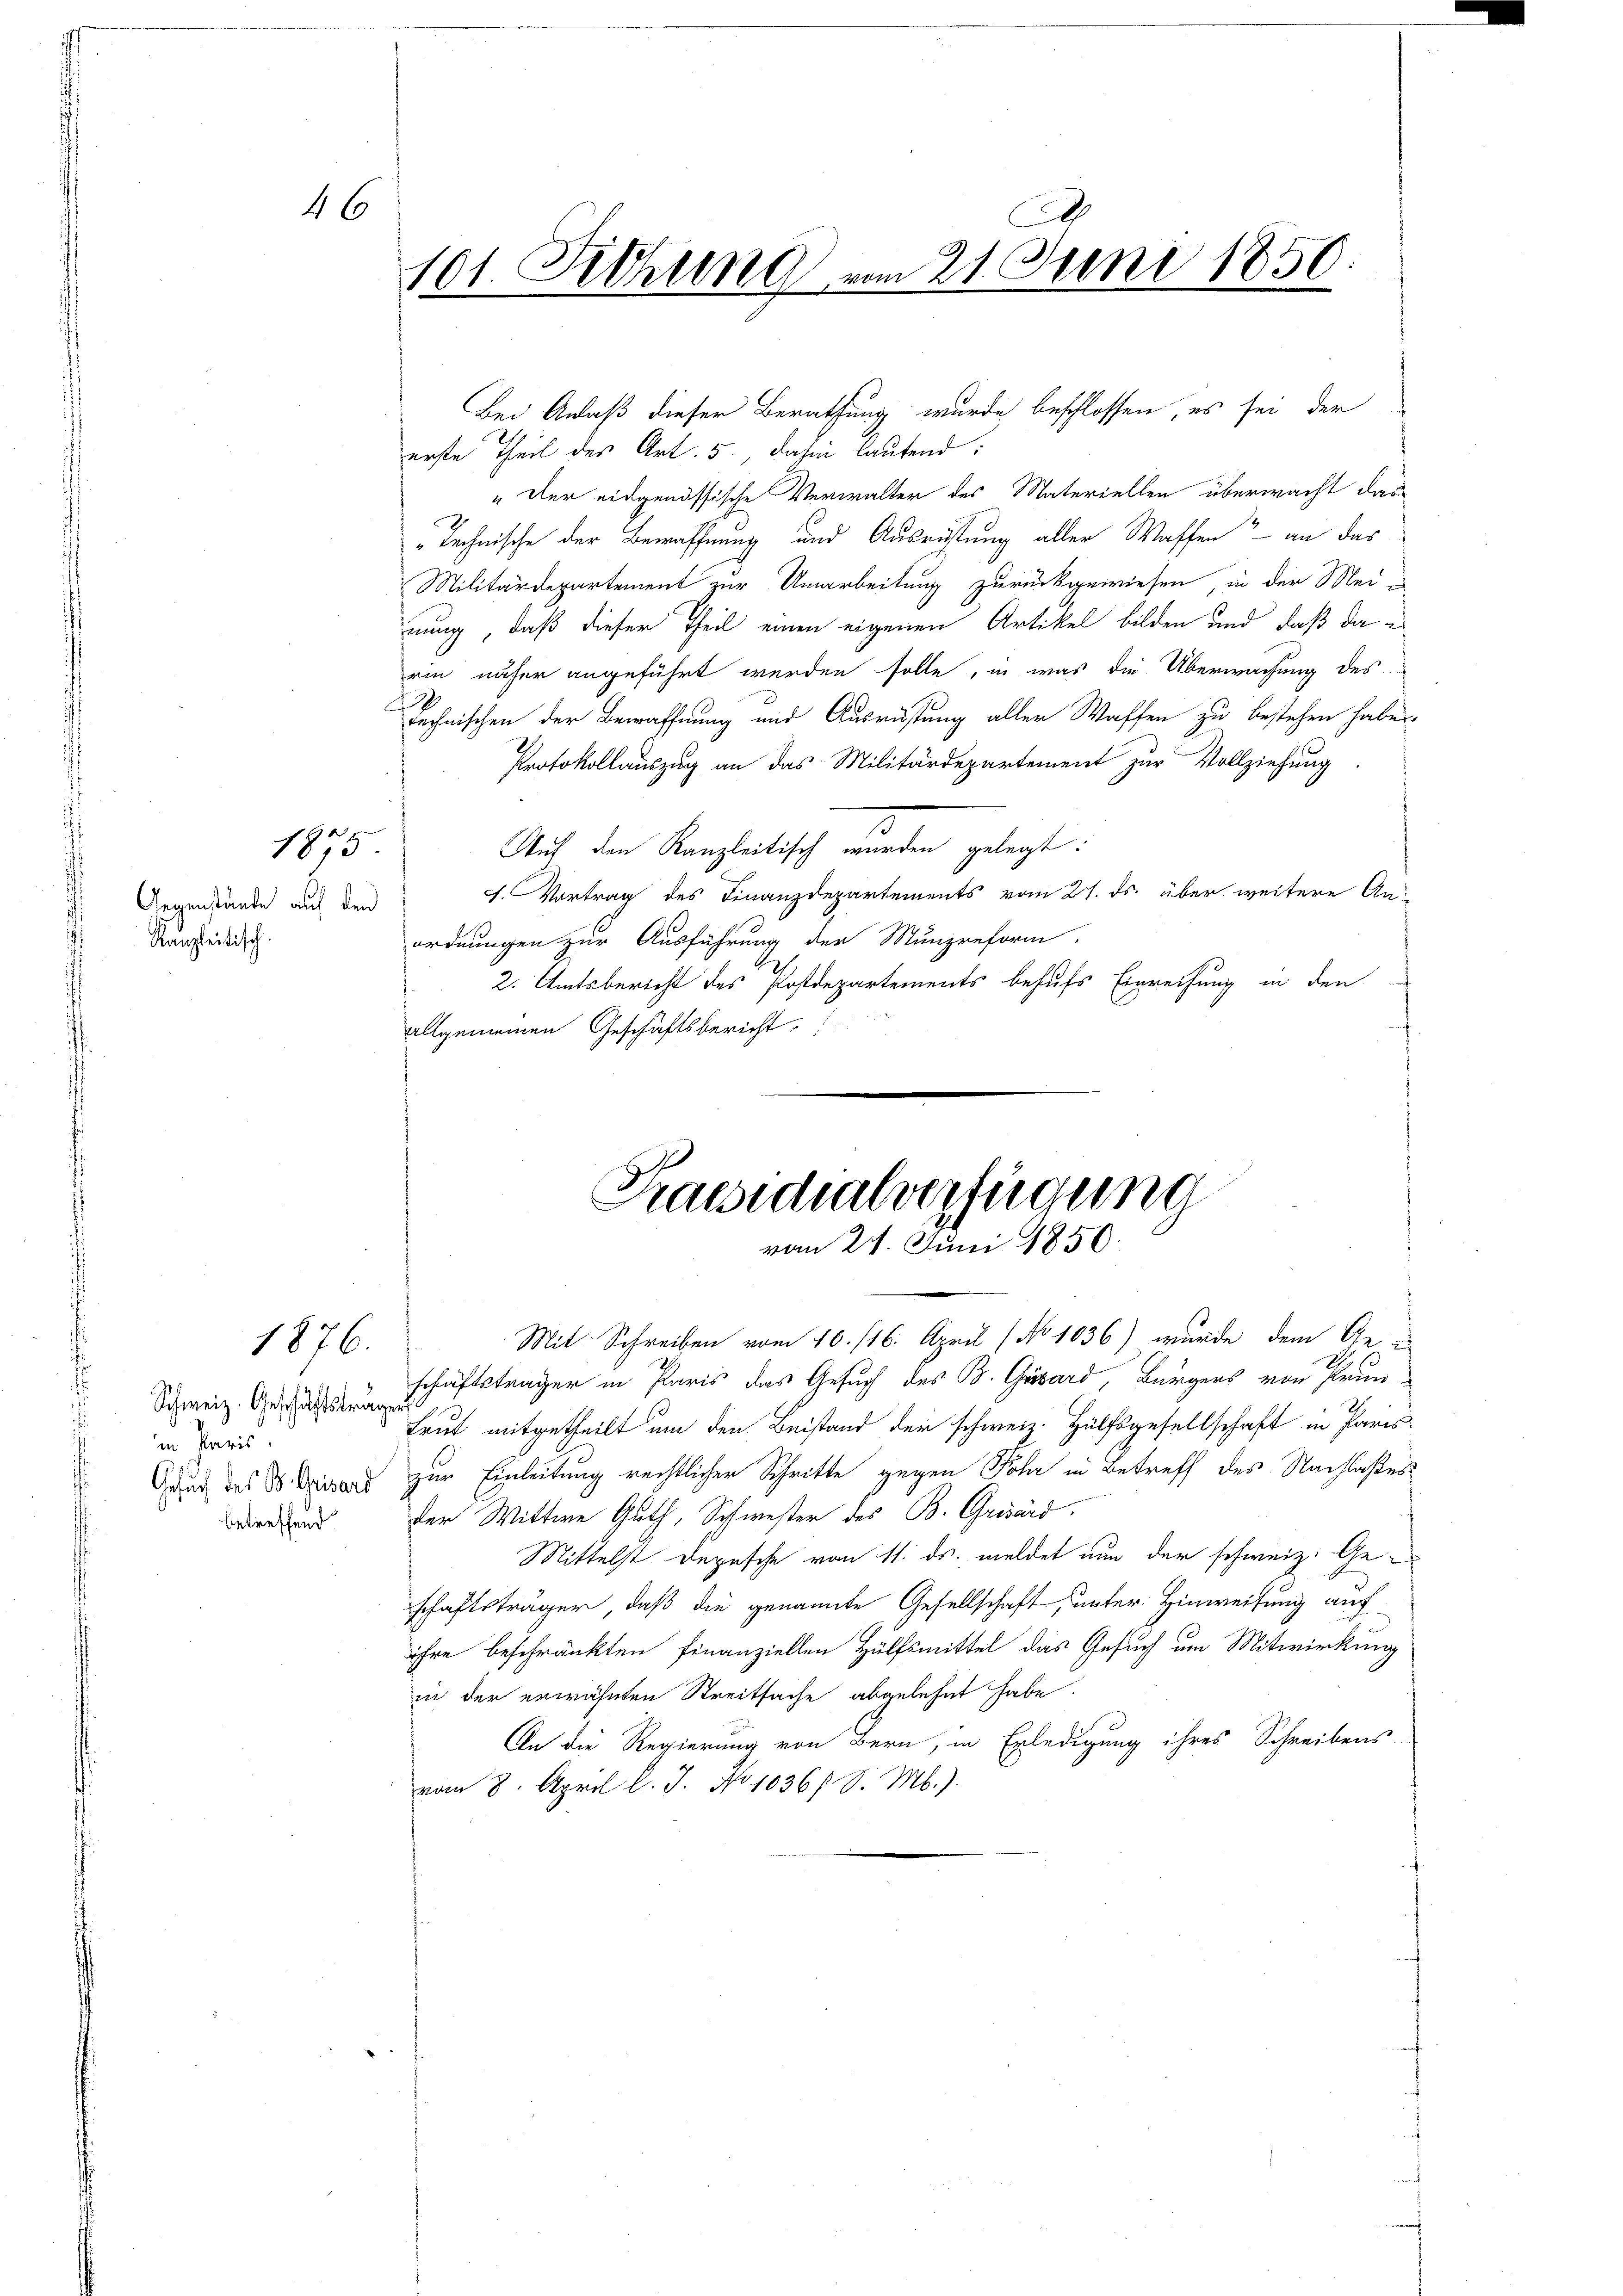
46

Kanzleitisch.

1875
Gegenstände auf den

1876.

Schweiz. Geschäftsträge
in Paris
Gesuch des B. Grisard
betreffend

101. Fichung am 21. Juni 1850.

Bei Anlaß dieser Berathung wurde beschlossen, es sei der
erste Theil des Art. 5. dahin lautend:
" Der eidgenössische Verwalter des Materiellen überwacht das
"Technische der Bewaffnung und Ausrüstung aller Waffen an das
Militärdepartement zur Umarbeitung zurückgewiesen, in der Meie
nung, daß dieser Theil einen eigenen Artikel bilden und daß da in
rin näher angeführt werden solle, in was die Überwachung des
Technischen der Bewaffnung und Ausrüstung aller Waffen zu bestehen haben.
Protokollauszug an das Militärdepartement zur Vollziehung
Auf den Kanzleitisch wurden gelegt:
. Vortrag des Finanzdepartements vom 21. ds. über weitere An-
ordnungen zur Ausführung der Munzreform.
2. Amtsbericht des Postdepartements behufs Einreihung in den
allgemeinen Geschäftsbericht

Praesidialverfügung
vom 24. Juni 1856.

Mit Schreiben vom 10. 116. April (No 1036) wurde dem Gei
schäftsträger in Paris das Gesuch des B. Grisard, Bürgers von Prun
Trut mitgetheilt um den Beistand der schweiz. Hülfsgesellschaft in Paris
zur Einleitung rechtlicher Schritte gegen Fehr in Betreff des Nachlaßes
der Wittwe Guth, Schwester des B. Grisard.
Mittelst Depesche vom 11. ds. meldet nun der schweiz. Geschaftsträger, daß die genannte Gesellschaft, unter Hinweisung auf
ihre beschränkten Finanziellen Hülfsmittel das Gesuch um Mitwirkung
in der erwähnten Streitsache abgelehnt habe.
An die Regierung von Bern, in Erledigung ihres Schreibens
vom 8. April l. J. No 1036/ S. M.).